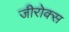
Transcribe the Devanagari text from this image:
जीरोक्स